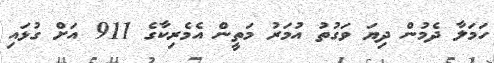
ހަމަލާ ދެމުން ދިޔަ ވަގުތު އުމަރު މަތީން އެމެރިކާގެ 911 އަށް ގުޅައި